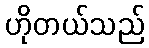
ဟိုတယ်သည်